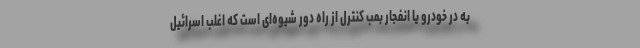
به در خودرو یا انفجار بمب کنترل از راه دور شیوه‌ای است که اغلب اسرائیل